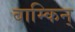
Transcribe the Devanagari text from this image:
बाम्किन्